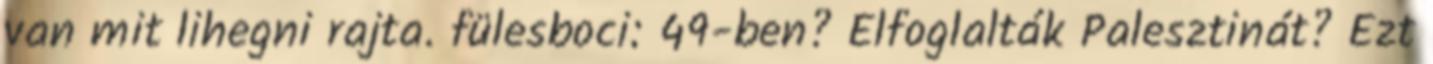
van mit lihegni rajta. fülesboci: 49-ben? Elfoglalták Palesztinát? Ezt